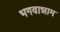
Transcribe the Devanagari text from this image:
भगवान्नाम